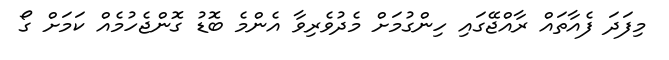
މިފަދަ ފެއާތައް ރާއްޖޭގައި ހިންގުމަށް މެދުވެރިވާ އެންމެ ބޮޑު ގޮންޖެހުމެއް ކަމަށް ގޯ